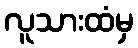
လူသားထံမှ